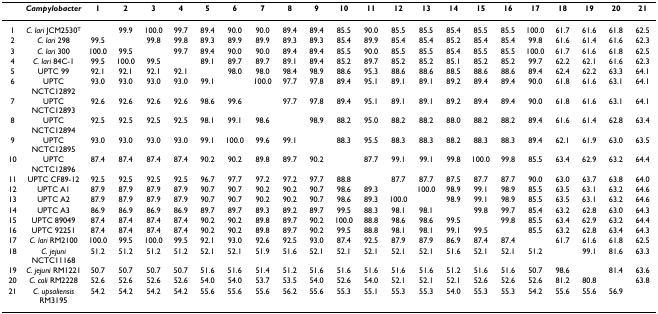
<table><thead><tr><td></td><td><b><i>Campylobacter</i></b></td><td><b>1</b></td><td><b>2</b></td><td><b>3</b></td><td><b>4</b></td><td><b>5</b></td><td><b>6</b></td><td><b>7</b></td><td><b>8</b></td><td><b>9</b></td><td><b>10</b></td><td><b>11</b></td><td><b>12</b></td><td><b>13</b></td><td><b>14</b></td><td><b>15</b></td><td><b>16</b></td><td><b>17</b></td><td><b>18</b></td><td><b>19</b></td><td><b>20</b></td><td><b>21</b></td></tr></thead><tbody><tr><td>1</td><td><i>C. lari </i>JCM2530<sup>T</sup></td><td></td><td>99.9</td><td>100.0</td><td>99.7</td><td>89.4</td><td>90.0</td><td>90.0</td><td>89.4</td><td>89.4</td><td>85.5</td><td>90.0</td><td>85.5</td><td>85.5</td><td>85.4</td><td>85.5</td><td>85.5</td><td>100.0</td><td>61.7</td><td>61.6</td><td>61.8</td><td>62.5</td></tr><tr><td>2</td><td><i>C. lari </i>298</td><td>99.5</td><td></td><td>99.8</td><td>99.8</td><td>89.3</td><td>89.9</td><td>89.9</td><td>89.3</td><td>89.3</td><td>85.4</td><td>89.9</td><td>85.4</td><td>85.4</td><td>85.2</td><td>85.4</td><td>85.4</td><td>99.8</td><td>61.6</td><td>61.4</td><td>61.6</td><td>62.3</td></tr><tr><td>3</td><td><i>C. lari </i>300</td><td>100.0</td><td>99.5</td><td></td><td>99.7</td><td>89.4</td><td>90.0</td><td>90.0</td><td>89.4</td><td>89.4</td><td>85.5</td><td>90.0</td><td>85.5</td><td>85.5</td><td>85.4</td><td>85.5</td><td>85.5</td><td>100.0</td><td>61.7</td><td>61.6</td><td>61.8</td><td>62.5</td></tr><tr><td>4</td><td><i>C. lari </i>84C-1</td><td>99.5</td><td>100.0</td><td>99.5</td><td></td><td>89.1</td><td>89.7</td><td>89.7</td><td>89.1</td><td>89.4</td><td>85.2</td><td>89.7</td><td>85.2</td><td>85.2</td><td>85.1</td><td>85.2</td><td>85.2</td><td>99.7</td><td>62.2</td><td>62.1</td><td>61.6</td><td>62.3</td></tr><tr><td>5</td><td>UPTC 99</td><td>92.1</td><td>92.1</td><td>92.1</td><td>92.1</td><td></td><td>98.0</td><td>98.0</td><td>98.4</td><td>98.9</td><td>88.6</td><td>95.3</td><td>88.6</td><td>88.6</td><td>88.5</td><td>88.6</td><td>88.6</td><td>89.4</td><td>62.4</td><td>62.2</td><td>63.3</td><td>64.1</td></tr><tr><td>6</td><td>UPTC NCTC12892</td><td>93.0</td><td>93.0</td><td>93.0</td><td>93.0</td><td>99.1</td><td></td><td>100.0</td><td>97.7</td><td>97.8</td><td>89.4</td><td>95.1</td><td>89.1</td><td>89.1</td><td>89.2</td><td>89.4</td><td>89.4</td><td>90.0</td><td>61.8</td><td>61.6</td><td>63.1</td><td>64.1</td></tr><tr><td>7</td><td>UPTC NCTC12893</td><td>92.6</td><td>92.6</td><td>92.6</td><td>92.6</td><td>98.6</td><td>99.6</td><td></td><td>97.7</td><td>97.8</td><td>89.4</td><td>95.1</td><td>89.1</td><td>89.1</td><td>89.2</td><td>89.4</td><td>89.4</td><td>90.0</td><td>61.8</td><td>61.6</td><td>63.1</td><td>64.1</td></tr><tr><td>8</td><td>UPTC NCTC12894</td><td>92.5</td><td>92.5</td><td>92.5</td><td>92.5</td><td>98.1</td><td>99.1</td><td>98.6</td><td></td><td>98.9</td><td>88.2</td><td>95.0</td><td>88.2</td><td>88.2</td><td>88.0</td><td>88.2</td><td>88.2</td><td>89.4</td><td>61.6</td><td>61.4</td><td>62.8</td><td>63.4</td></tr><tr><td>9</td><td>UPTC NCTC12895</td><td>93.0</td><td>93.0</td><td>93.0</td><td>93.0</td><td>99.1</td><td>100.0</td><td>99.6</td><td>99.1</td><td></td><td>88.3</td><td>95.5</td><td>88.3</td><td>88.3</td><td>88.2</td><td>88.3</td><td>88.3</td><td>89.4</td><td>62.1</td><td>61.9</td><td>63.0</td><td>63.5</td></tr><tr><td>10</td><td>UPTC NCTC12896</td><td>87.4</td><td>87.4</td><td>87.4</td><td>87.4</td><td>90.2</td><td>90.2</td><td>89.8</td><td>89.7</td><td>90.2</td><td></td><td>87.7</td><td>99.1</td><td>99.1</td><td>99.8</td><td>100.0</td><td>99.8</td><td>85.5</td><td>63.4</td><td>62.9</td><td>63.2</td><td>64.4</td></tr><tr><td>11</td><td>UPTC CF89-12</td><td>92.5</td><td>92.5</td><td>92.5</td><td>92.5</td><td>96.7</td><td>97.7</td><td>97.2</td><td>97.2</td><td>97.7</td><td>88.8</td><td></td><td>87.7</td><td>87.7</td><td>87.5</td><td>87.7</td><td>87.7</td><td>90.0</td><td>63.0</td><td>63.7</td><td>63.8</td><td>64.0</td></tr><tr><td>12</td><td>UPTC A1</td><td>87.9</td><td>87.9</td><td>87.9</td><td>87.9</td><td>90.7</td><td>90.7</td><td>90.2</td><td>90.2</td><td>90.7</td><td>98.6</td><td>89.3</td><td></td><td>100.0</td><td>98.9</td><td>99.1</td><td>98.9</td><td>85.5</td><td>63.5</td><td>63.1</td><td>63.2</td><td>64.6</td></tr><tr><td>13</td><td>UPTC A2</td><td>87.9</td><td>87.9</td><td>87.9</td><td>87.9</td><td>90.7</td><td>90.7</td><td>90.2</td><td>90.2</td><td>90.7</td><td>98.6</td><td>89.3</td><td>100.0</td><td></td><td>98.9</td><td>99.1</td><td>98.9</td><td>85.5</td><td>63.5</td><td>63.1</td><td>63.2</td><td>64.6</td></tr><tr><td>14</td><td>UPTC A3</td><td>86.9</td><td>86.9</td><td>86.9</td><td>86.9</td><td>89.7</td><td>89.7</td><td>89.3</td><td>89.2</td><td>89.7</td><td>99.5</td><td>88.3</td><td>98.1</td><td>98.1</td><td></td><td>99.8</td><td>99.7</td><td>85.4</td><td>63.2</td><td>62.8</td><td>63.0</td><td>64.3</td></tr><tr><td>15</td><td>UPTC 89049</td><td>87.4</td><td>87.4</td><td>87.4</td><td>87.4</td><td>90.2</td><td>90.2</td><td>89.8</td><td>89.7</td><td>90.2</td><td>100.0</td><td>88.8</td><td>98.6</td><td>98.6</td><td>99.5</td><td></td><td>99.8</td><td>85.5</td><td>63.4</td><td>62.9</td><td>63.2</td><td>64.4</td></tr><tr><td>16</td><td>UPTC 92251</td><td>87.4</td><td>87.4</td><td>87.4</td><td>87.4</td><td>90.2</td><td>90.2</td><td>89.8</td><td>89.7</td><td>90.2</td><td>99.5</td><td>88.8</td><td>98.1</td><td>98.1</td><td>99.1</td><td>99.5</td><td></td><td>85.5</td><td>63.2</td><td>62.8</td><td>63.4</td><td>64.3</td></tr><tr><td>17</td><td><i>C. lari </i>RM2100</td><td>100.0</td><td>99.5</td><td>100.0</td><td>99.5</td><td>92.1</td><td>93.0</td><td>92.6</td><td>92.5</td><td>93.0</td><td>87.4</td><td>92.5</td><td>87.9</td><td>87.9</td><td>86.9</td><td>87.4</td><td>87.4</td><td></td><td>61.7</td><td>61.6</td><td>61.8</td><td>62.5</td></tr><tr><td>18</td><td><i>C. jejuni </i>NCTC11168</td><td>51.2</td><td>51.2</td><td>51.2</td><td>51.2</td><td>52.1</td><td>52.1</td><td>51.9</td><td>51.6</td><td>52.1</td><td>52.1</td><td>52.1</td><td>52.1</td><td>52.1</td><td>51.6</td><td>52.1</td><td>52.1</td><td>51.2</td><td></td><td>99.1</td><td>81.6</td><td>63.3</td></tr><tr><td>19</td><td><i>C. jejuni </i>RM1221</td><td>50.7</td><td>50.7</td><td>50.7</td><td>50.7</td><td>51.6</td><td>51.6</td><td>51.4</td><td>51.2</td><td>51.6</td><td>51.6</td><td>51.6</td><td>51.6</td><td>51.6</td><td>51.2</td><td>51.6</td><td>51.6</td><td>50.7</td><td>98.6</td><td></td><td>81.4</td><td>63.6</td></tr><tr><td>20</td><td><i>C. coli </i>RM2228</td><td>52.6</td><td>52.6</td><td>52.6</td><td>52.6</td><td>54.0</td><td>54.0</td><td>53.7</td><td>53.5</td><td>54.0</td><td>52.6</td><td>54.0</td><td>52.1</td><td>52.1</td><td>52.1</td><td>52.6</td><td>52.6</td><td>52.6</td><td>81.2</td><td>80.8</td><td></td><td>63.8</td></tr><tr><td>21</td><td><i>C. upsaliensis </i>RM3195</td><td>54.2</td><td>54.2</td><td>54.2</td><td>54.2</td><td>55.6</td><td>55.6</td><td>55.6</td><td>56.2</td><td>55.6</td><td>55.3</td><td>55.1</td><td>55.3</td><td>55.3</td><td>54.0</td><td>55.3</td><td>55.3</td><td>54.2</td><td>55.6</td><td>55.6</td><td>56.9</td><td></td></tr></tbody></table>